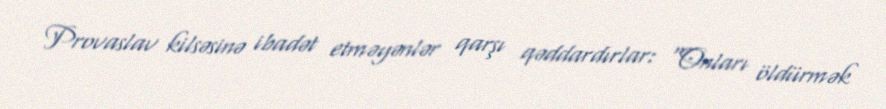
Provaslav kilsəsinə ibadət etməyənlər qarşı qəddardırlar: “Onları öldürmək